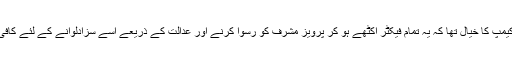
حکومتی کیمپ کا خیال تھا کہ یہ تمام فیکٹر اکٹھے ہو کر پرویز مشرف کو رسوا کرنے اور عدالت کے ذریعے اسے سزادلوانے کے لئے کافی ہوں گے۔